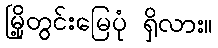
မြို့တွင်းမြေပုံ ရှိလား။